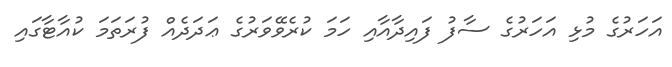
އަހަރުގެ މުޅި އަހަރުގެ ސާފު ފައިދާއާއި ހަމަ ކުރެވޭވަރުގެ ޢަދަދެއް ފުރަތަމަ ކުއާޓާގައި